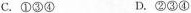
C.①③④ D.②③④